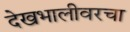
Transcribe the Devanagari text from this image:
देखभालीवरचा